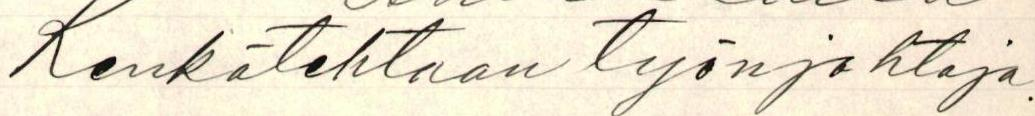
Kenkätehtaan työnjohtaja